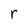
Character: r